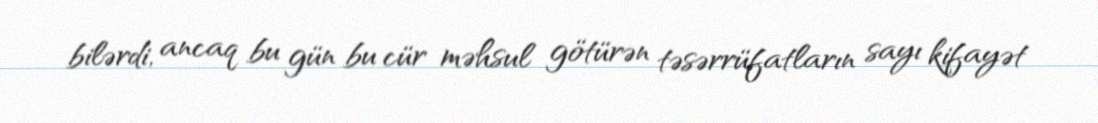
bilərdi, ancaq bu gün bu cür məhsul götürən təsərrüfatların sayı kifayət